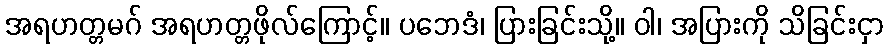
အရဟတ္တမဂ် အရဟတ္တဖိုလ်ကြောင့်။ ပဘေဒံ၊ ပြားခြင်းသို့။ ဝါ၊ အပြားကို သိခြင်းငှာ